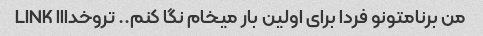
من برنامتونو فردا برای اولین بار میخام نگا کنم.. تروخدااا LINK� �